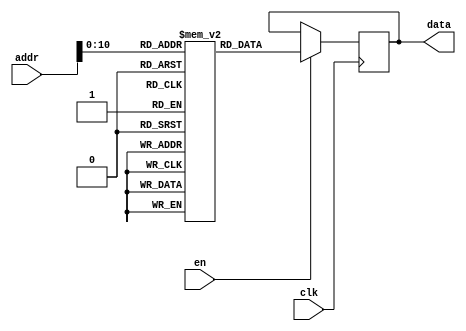
module INST_ROM (clk, en, addr, data);
    input      clk;
    input      en;
    input      [12:0] addr;
    output reg [31:0] data;

    reg [31:0] 	      RomArray [2047:0]; // 8kB of ROM

   
    always @(posedge clk) begin
        if (en)
	begin
	   data <= RomArray[addr[12:0]]; // Address is byte aligned, drop bottom two bits 
	end
    end
   
endmodule